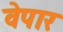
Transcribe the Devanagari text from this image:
वेपार